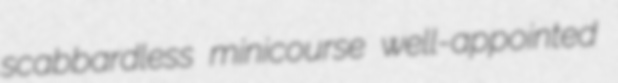
scabbardless minicourse well-appointed